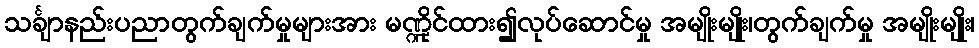
သင်္ချာနည်းပညာတွက်ချက်မှုများအား မဏ္ဍိုင်ထား၍လုပ်ဆောင်မှု အမျိုးမျိုး၊တွက်ချက်မှု အမျိုးမျိုး၊